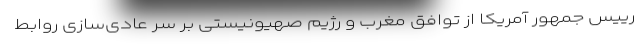
رییس جمهور آمریکا از توافق مغرب و رژیم صهیونیستی بر سر عادی‌سازی روابط